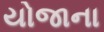
યોજાના